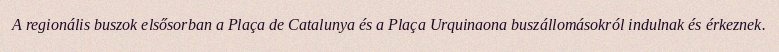
A regionális buszok elsősorban a Plaça de Catalunya és a Plaça Urquinaona buszállomásokról indulnak és érkeznek.